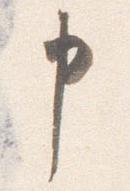
申